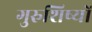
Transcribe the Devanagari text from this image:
गुरुशिष्यों